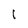
Character: 1